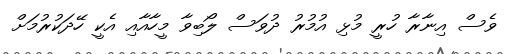
ވެސް އިނާރާ ހުރީ މުޅި އުމުރު ދުވަސް ލޯބިވާ މީހާއާއި އެކީ ހޭދަކުރުމަށް